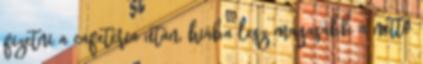
fizetni a cafetéria után, hiába lesz magasabb a nettó